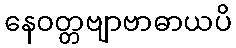
နေဝတ္တဗျာဗာဓာယပိ